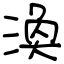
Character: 渙